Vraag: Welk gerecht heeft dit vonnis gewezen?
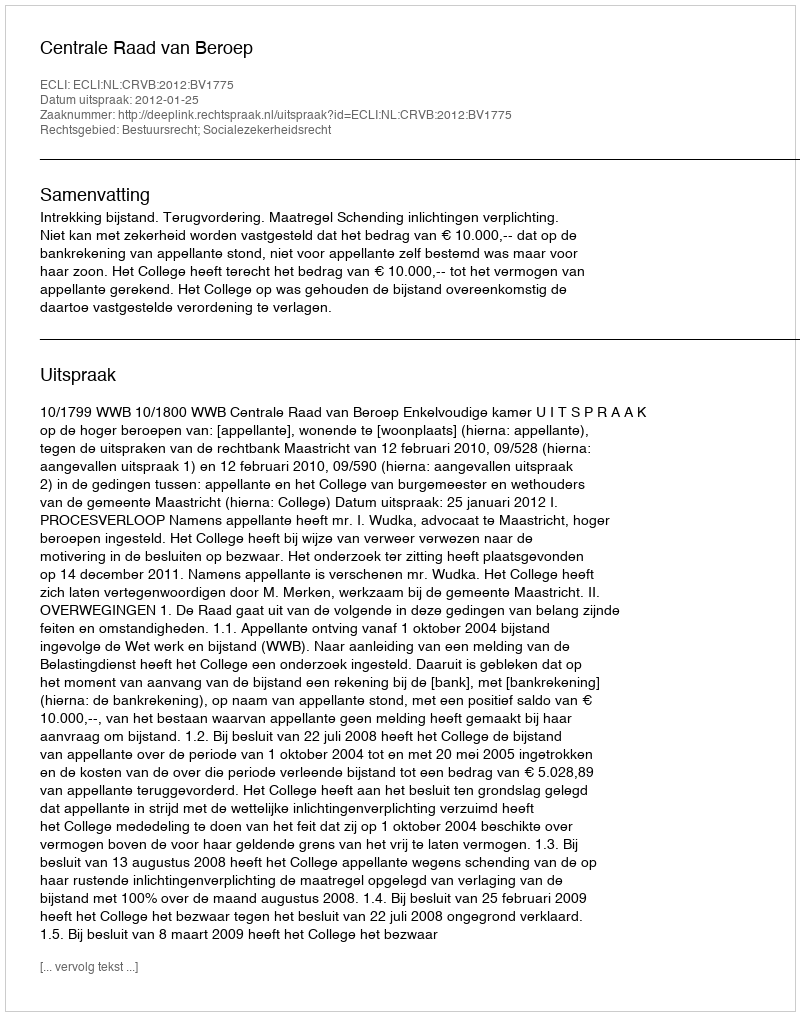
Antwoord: Centrale Raad van Beroep